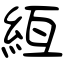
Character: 絚